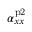
\alpha _ { x x } ^ { \mathrm { p 2 } }